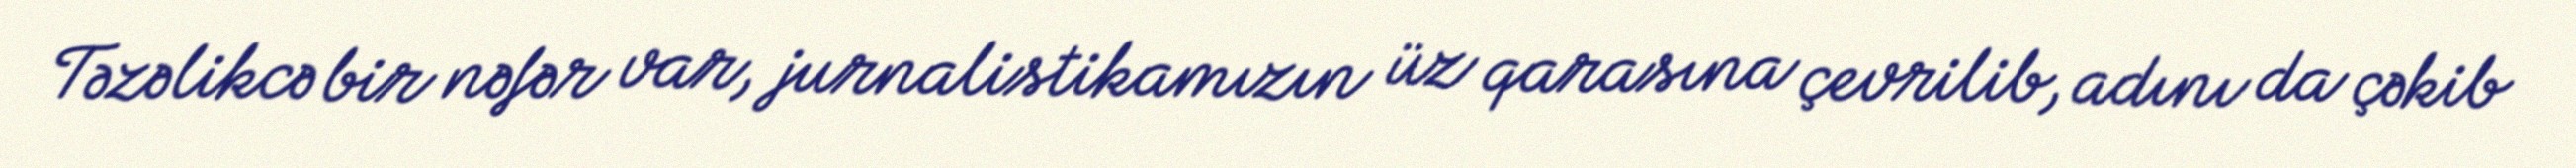
Təzəlikcə bir nəfər var, jurnalistikamızın üz qarasına çevrilib, adını da çəkib